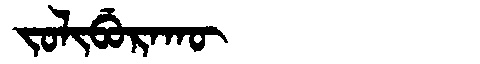
Manchu: ᠵᠣᠯᡳᠪᡠᡵᠠᡴᡡ
Romanization: JOLIBURAKŪ